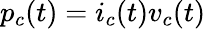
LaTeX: p_{c}(t)=i_{c}(t)v_{c}(t)